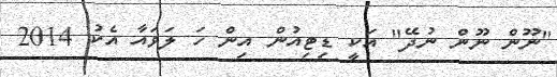
"ނޫން ނޫން ނުދޭ" އަކީ ޑިޓިއުން އިން ހަ ލަވައާ އެކު 2014